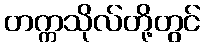
တက္ကသိုလ်တို့တွင်